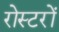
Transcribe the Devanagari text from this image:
रोस्टरों